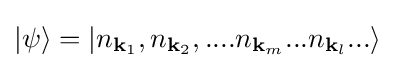
|\psi \rangle =\left|n_{\mathbf {k} _{1}},n_{\mathbf {k} _{2}},....n_{\mathbf {k} _{m}}...n_{\mathbf {k} _{l}}...\right\rangle